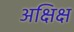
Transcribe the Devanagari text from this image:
अक्षिक्ष